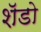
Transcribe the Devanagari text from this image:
शॅडो